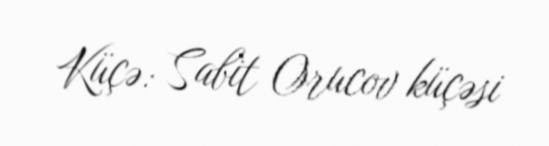
Küçə: Sabit Orucov küçəsi